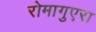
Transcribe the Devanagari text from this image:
रोमागुएरा